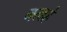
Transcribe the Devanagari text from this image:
नत्वहं